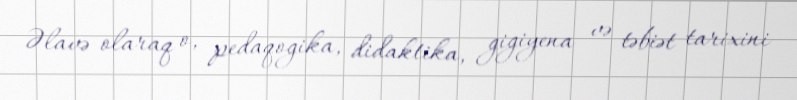
Əlavə olaraq o, pedaqogika, didaktika, gigiyena və təbiət tarixini